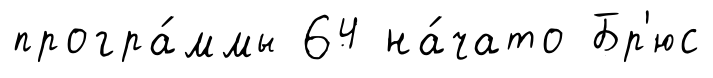
програ́ммы 64 на́чато Бр'юс